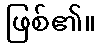
ဖြစ်၏။